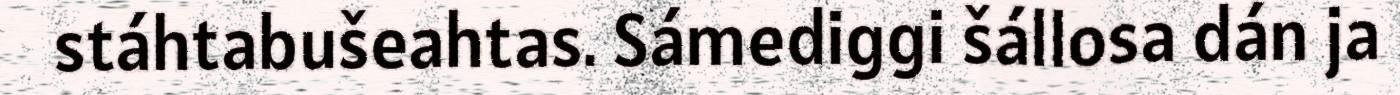
stáhtabušeahtas. Sámediggi šállosa dán ja